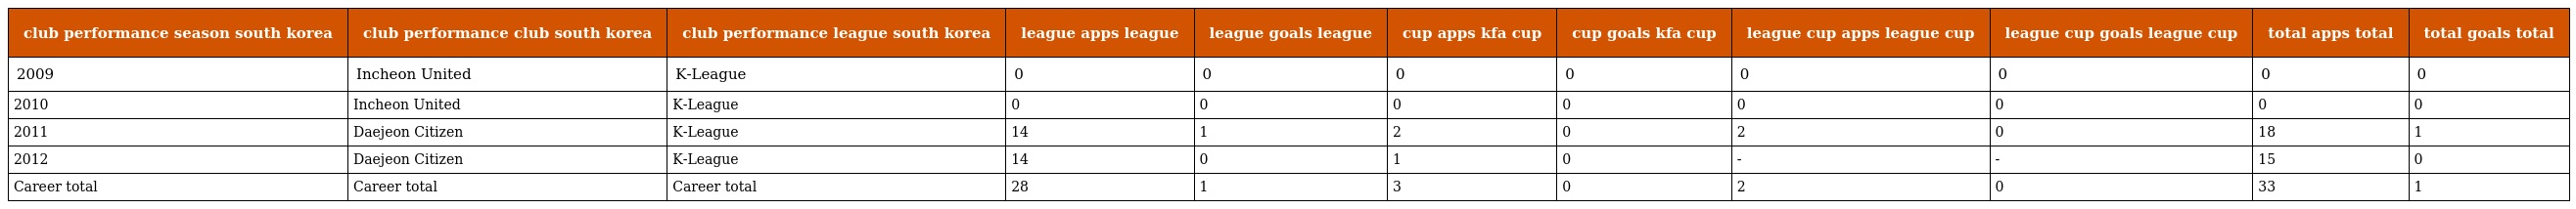
| club performance season south korea | club performance club south korea | club performance league south korea | league apps league | league goals league | cup apps kfa cup | cup goals kfa cup | league cup apps league cup | league cup goals league cup | total apps total | total goals total |
 | --- | --- | --- | --- | --- | --- | --- | --- | --- | --- | --- |
 | 2009 | Incheon United | K-League | 0 | 0 | 0 | 0 | 0 | 0 | 0 | 0 |
 | 2010 | Incheon United | K-League | 0 | 0 | 0 | 0 | 0 | 0 | 0 | 0 |
 | 2011 | Daejeon Citizen | K-League | 14 | 1 | 2 | 0 | 2 | 0 | 18 | 1 |
 | 2012 | Daejeon Citizen | K-League | 14 | 0 | 1 | 0 | - | - | 15 | 0 |
 | Career total | Career total | Career total | 28 | 1 | 3 | 0 | 2 | 0 | 33 | 1 |